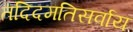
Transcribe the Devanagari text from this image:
तदिदमतिसर्वाय